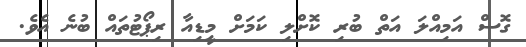
ގޮސް އަމިއްލަ އަތް ބުރި ކޮށްލި ކަމަށް މީޑިއާ ރިޕޯޓުތައް ބުނެ އެވެ.